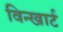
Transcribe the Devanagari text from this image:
विन्खार्ट